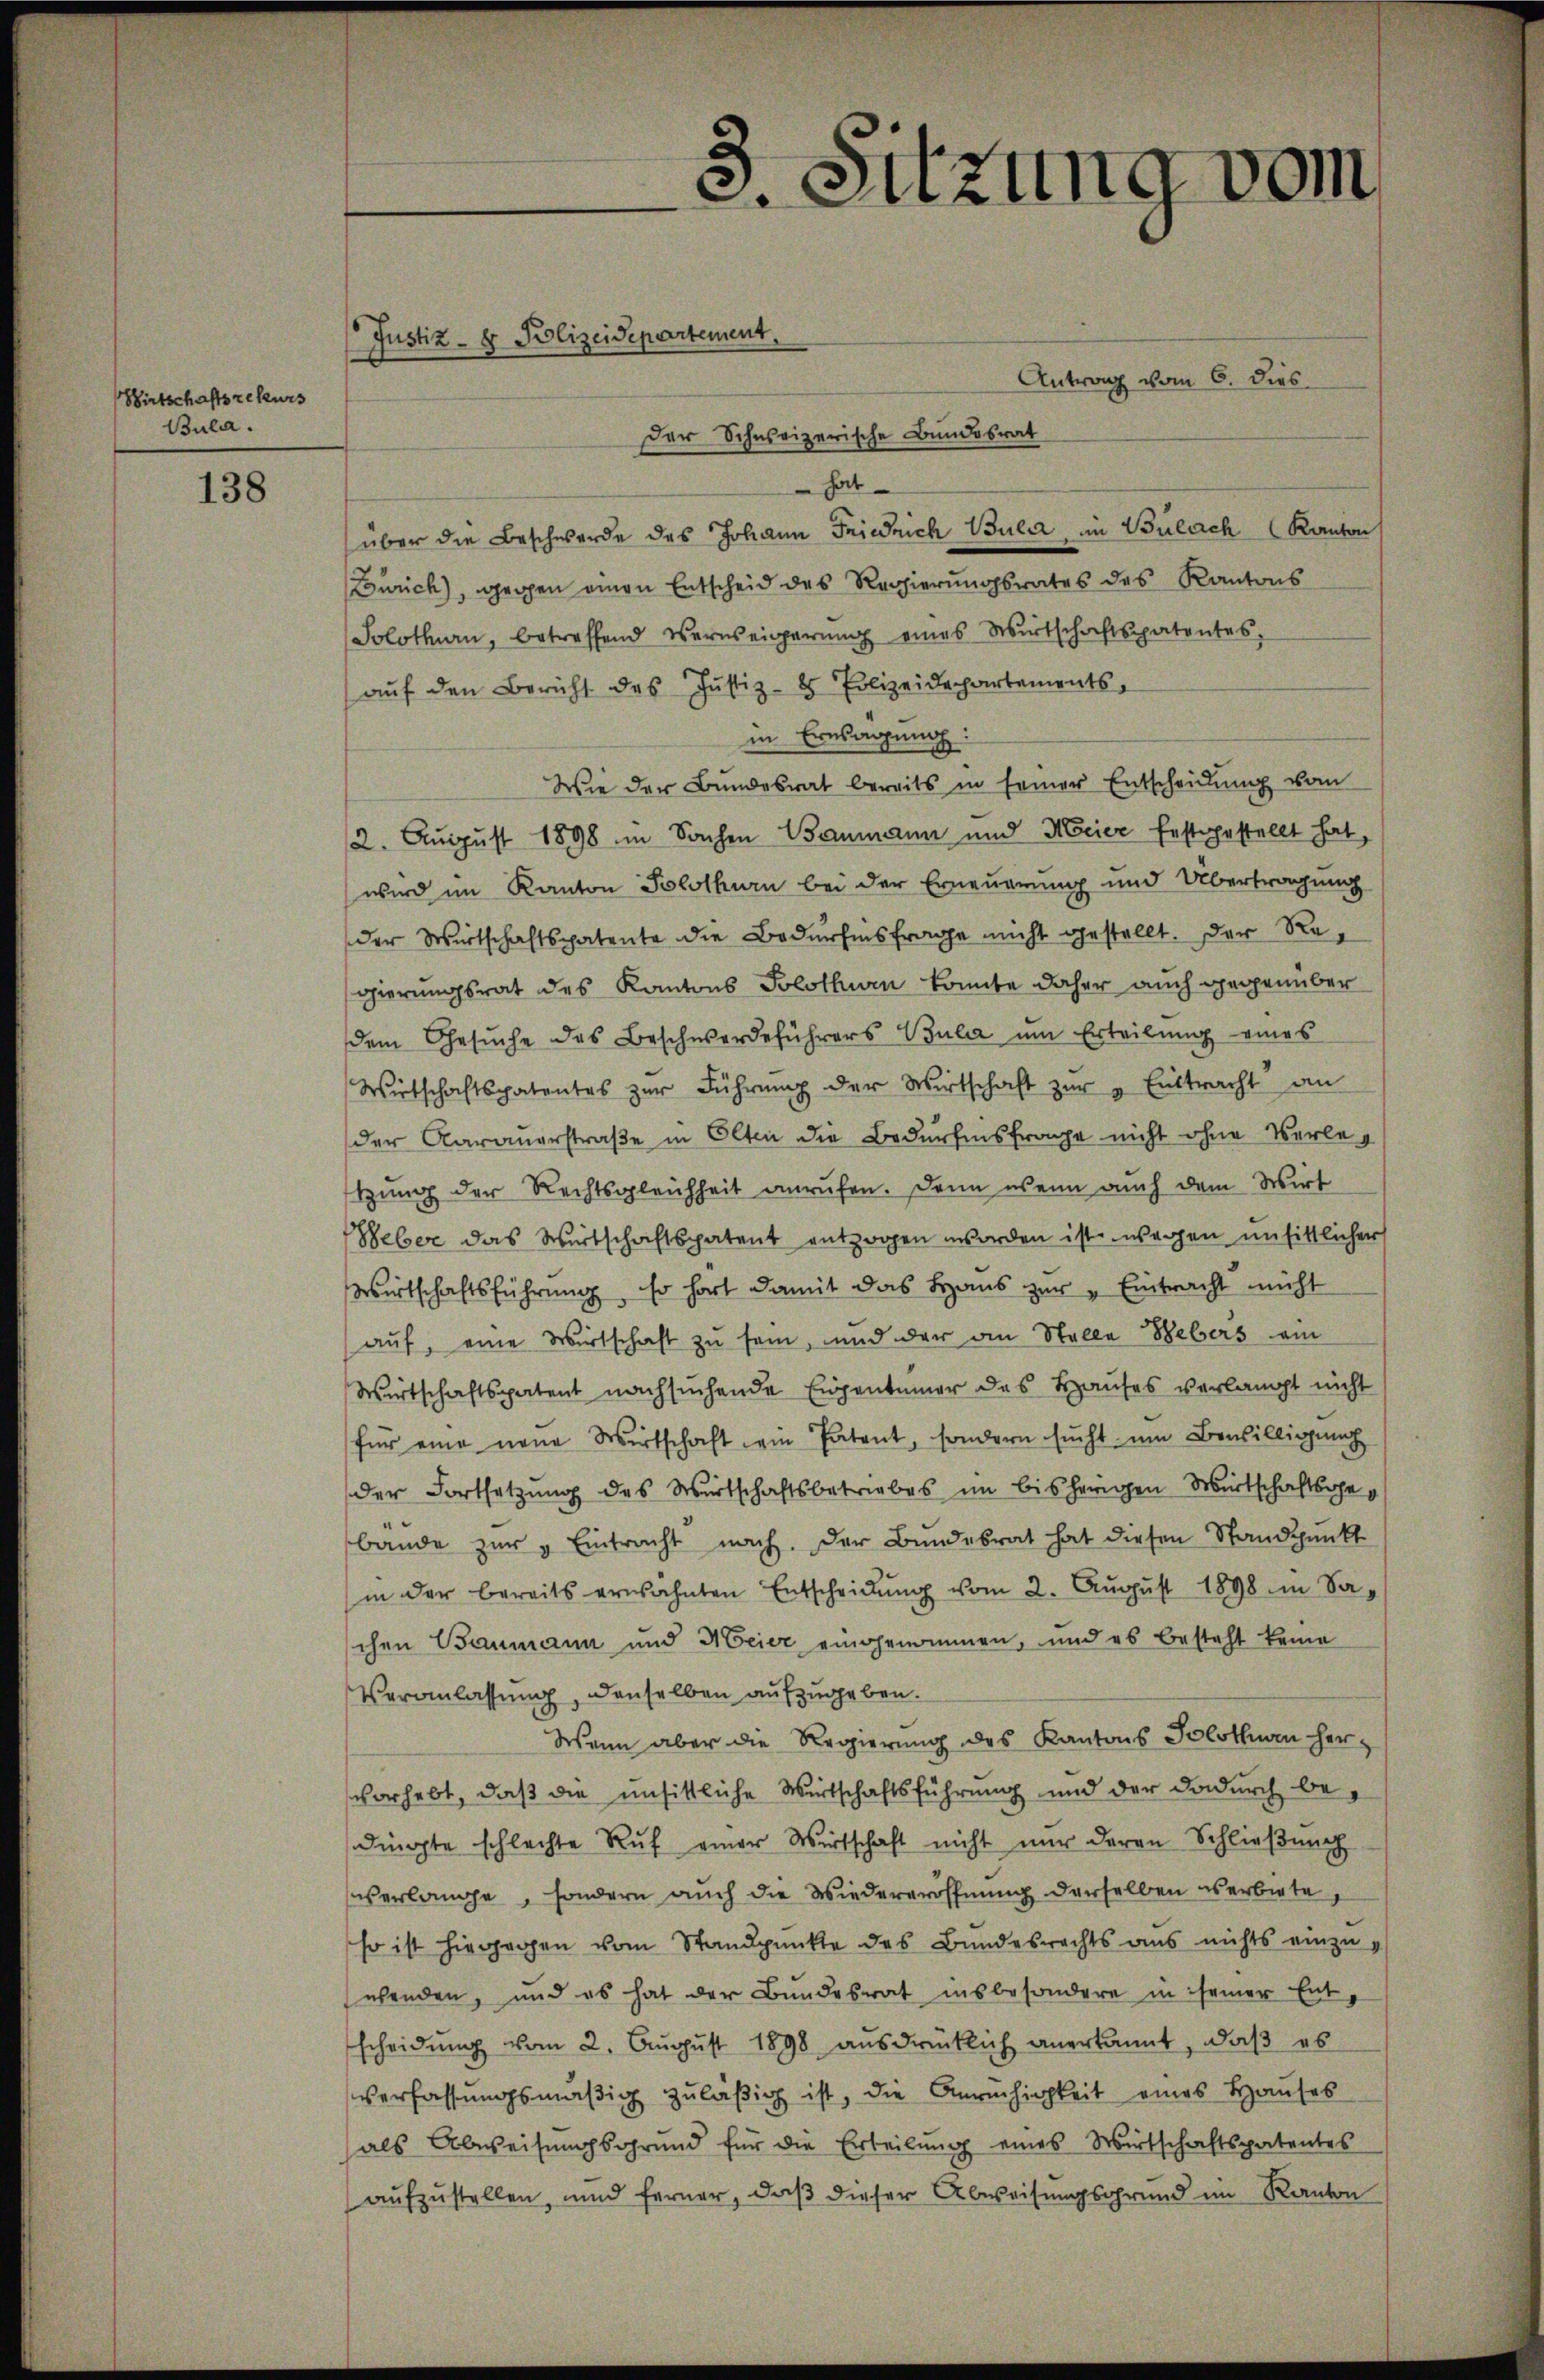
Wirtschaftsrekurs
Bula.

138

Justiz- & Polizeidepartement.

Antrag vom 6. dies
hat
über die Beschwerde des Johann Feinrich Bular im Bülach Kanton
Zürich), gegen einen Entscheid des Regierungsrates des Kantons
Solothurn, betreffend Verweigerŭng eines Wirtschaftspatentes,
aŭf den Bericht des Justiz- & Polizeidechartements,
in Einsangung:
Wie der Bundesrat bereits in seiner Entscheidŭng vom
2. August 1898 im Sachen Baumann und Meier festgestellt hat,
wird im Kanton Solothurn bei der Erneuerung und Übertragung
der Wirtschaftspatente die Bedürfensfrage nicht gestellt. Der Regierungsrat des Kantons Solothurn konnte daher auch gegenüber
dem Gesuche des Beschwerdeführers Bula um Erteilung eines
Wirtschaftspatentes zŭr Führŭng der Wirtschaft zŭr " Eittracht an
der Aarauerstraße in Olten die Bedürfnisfrage nicht ohne Verleg
tzung der Rechtsgleichheit anrufen. Dann wenn auch dem Wirt
Weber das Wirtschaftspatent entzogen worden ist wegen unsittlicher
Wirtschaftsführung. Er hort damit das Haŭs zŭr Eintracht nicht
auf, eine Wirtschaft zu sein, und der an Stelle Bebers am
Wirtschaftspatent nachsuchende Eigentümer des Hauses verlangt nicht
für eine neue Wirtschaft ein Patent, sondern sucht um Bewilligung
der Fortsetzung des Wirtschaftsbetriebes im bisherigen Wirtschaftsgebande zur „Eintracht nach. Der Bundesrat hat diesen Standpunkt
in der bereits erwähnten Entscheidŭng vom 2. Aŭgŭst 1898 in Saschen Baumann und Meier eingenommen, und es besteht keine
Veranlassung, denselben aufzugeben.
Wenn aber die Regierung des Kantons Solothurn herz
vorhebt, daß die unsittliche Wirtschaftsführung und der dadurch bedingte schlechte Ruf einer Wirtschaft nicht nur deren Schließung
verlange, sondern auch die Wiedereröffnung derselben verbiete,
so ist hingegen vom Standpunkte des Bundesrechts aus nichts einzusehenden, und es hat der Bundesrat insbesondere in seiner Entscheidŭng vom 2. Aŭgŭst 1898 aŭsdrücklich anerkannt, daß es
verfassungsmäßig zuläßig ist, die Anrechigkeit eines Hauses
als Abweisungsgrund für die Erteilŭng eines Wirtschaftspatentes
aufzustellen, und ferner, daß dieser Abweisungsgrund im Kanton

3. Sitzung vom

Der Schweizerische Bundesrat